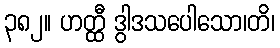
၃၈၂။ ဟတ္ထီ ဒွါဒသပေါသော၊တိ၊